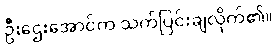
ဦးဌေးအောင်က သက်ပြင်းချလိုက်၏။